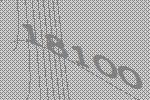
18100